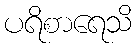
ပရိစာရေသိ